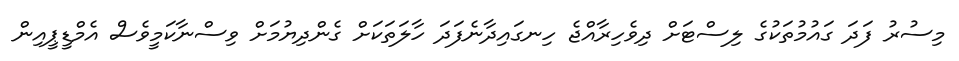
މިސުރު ފަދަ ގައުމުތަކުގެ ލިސްޓަށް ދިވެހިރާއްޖެ ހިނގައިދާނެފަދަ ހާލަތަކަށް ގެންދިޔުމަށް ވިސްނާކަމީވެސް އެމްޑީޕީއިން